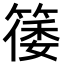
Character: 𬕥